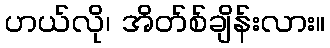
ဟယ်လို၊ အိတ်စ်ချိန်းလား။